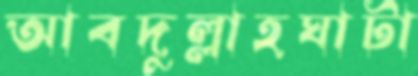
আবদুল্লাহঘাটা